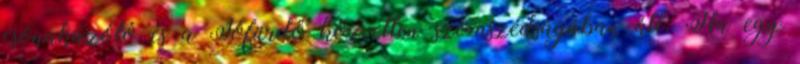
csónakázótó és a Tófürdő közvetlen szomszédságában áll. Ha egy